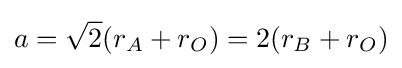
a={\sqrt {2}}(r_{A}+r_{O})=2(r_{B}+r_{O})